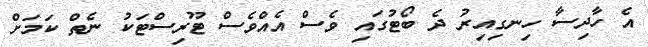
އެ ހާދިސާ ހިނގިއިރު ދެ ބޯޓުގައި ވެސް އެއްވެސް ޓޫރިސްޓަކު ނެތް ކަމަށް